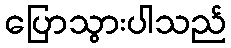
ပြောသွားပါသည်